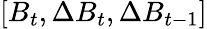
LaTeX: [B_{t},\Delta B_{t},\Delta B_{t-1}]